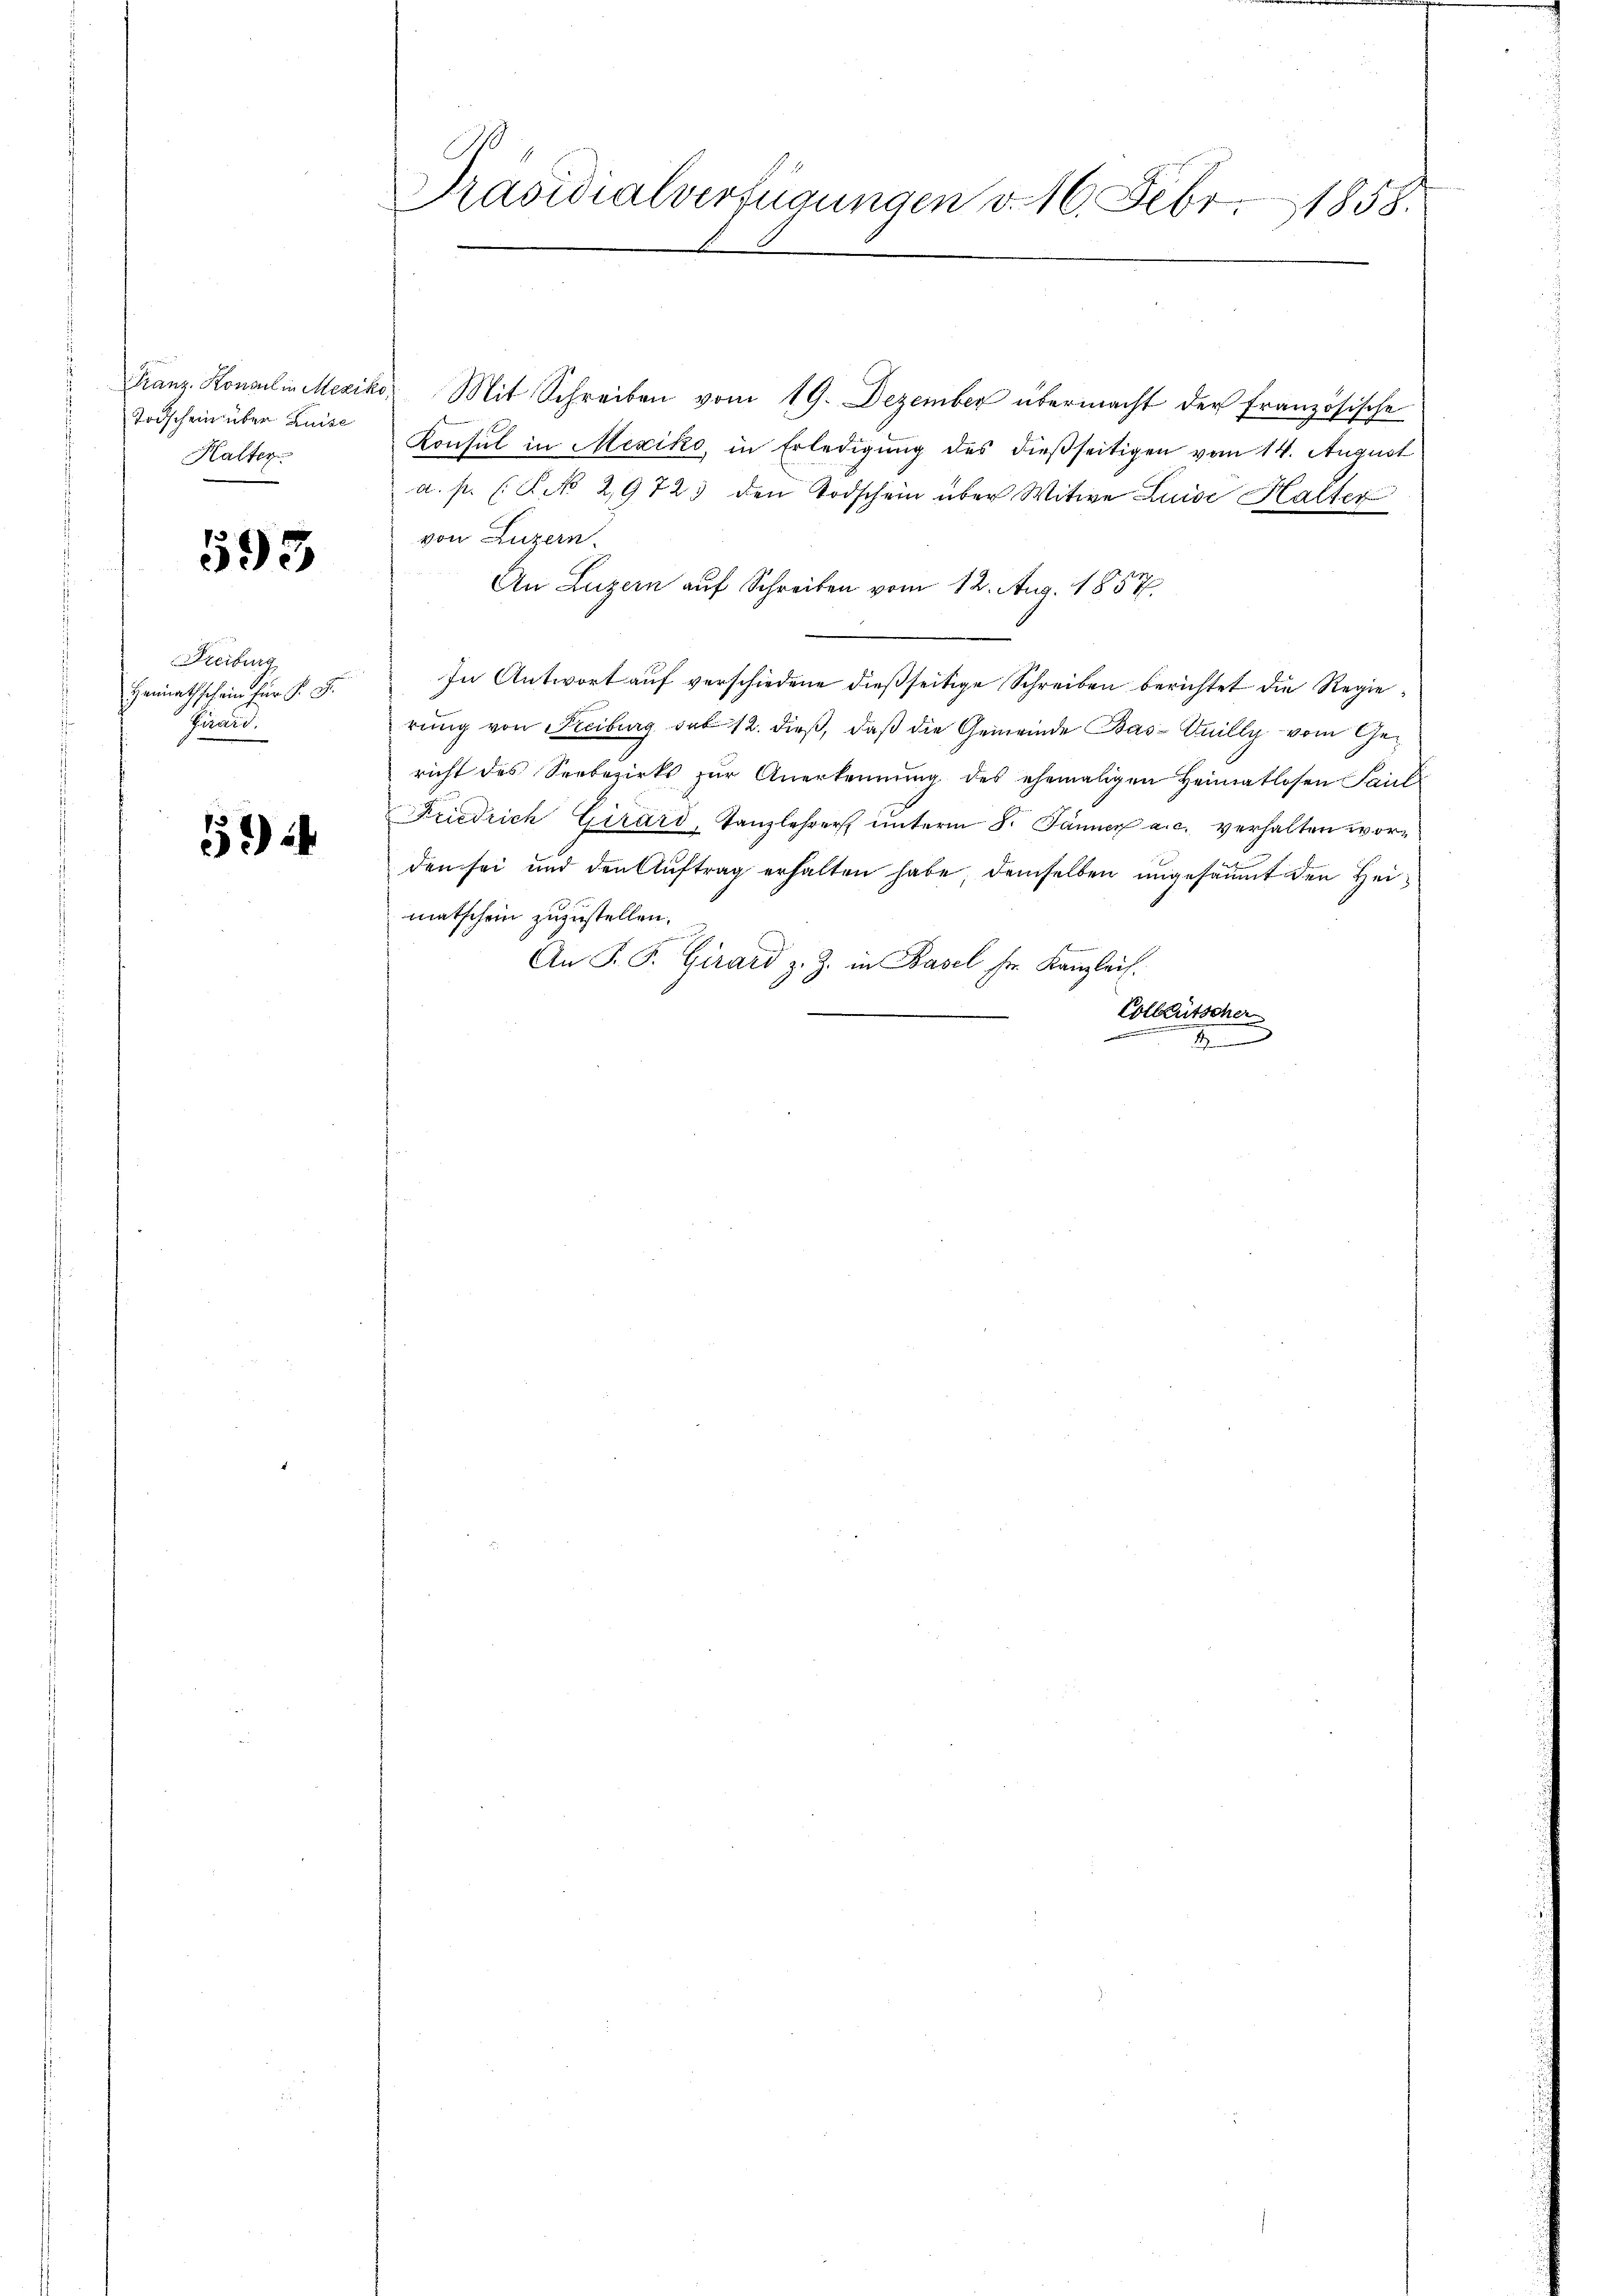
Todschein über Luise
Halter

593

Freiburg
Heimathschein für P. F.
Girard.

524

Franz. Konsulin Mexiko, Mit Schreiben vom 19. Dezember übermacht der französische
Konsul in Mexiko, in Erledigung des dießseitigen vom 14. August
a. p. (T NNo. 29723 den Todschein über Witwe Luise Halter
von Luzern.
An Luzern auf Schreiben vom 12. Aug. 1857.
In Antwort auf verschiedene dießseitige Schreiben berichtet die Regierung von Freiburg sub 12. dieß, daß die Gemeinde Bas-Quilly vom Gericht des Seebezirks zŭr Anerkennung des ehemaligen Heimatlosen Paul
Friedrich Girard, Tanzlehrer ŭnterm 8. Jänner a. c. verhalten worden sei und den Aŭftrag erhalten habe, demselben ungesäumt den Heimatschein zuzustellen.
An P. P. Girard z. Z. in Basel sr. Kanzleis
Colleütscher
2

Präsidialverfügungen v. 16. Febr. 1858.